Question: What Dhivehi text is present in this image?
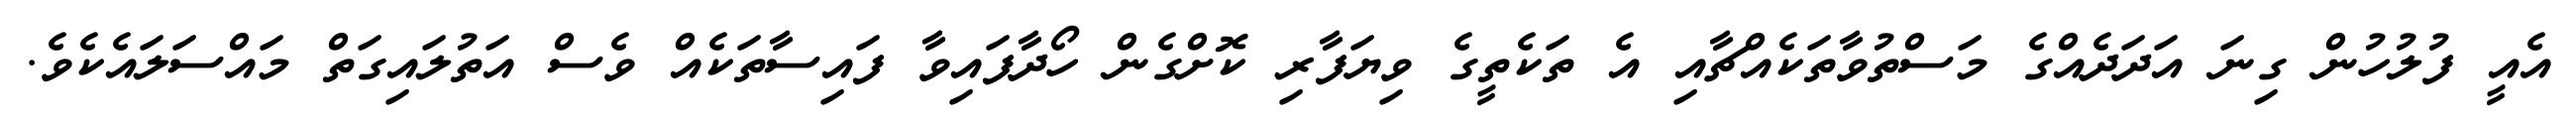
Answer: އެއީ ފުލުހުން ގިނަ އަދަދެއްގެ މަސްތުވާތަކެއްޗާއި އެ ތަކެތީގެ ވިޔަފާރި ކޮށްގެން ހޯދާފައިވާ ފައިސާތަކެއް ވެސް އަތުލައިގަތް މައްސަލައެކެވެ.